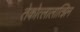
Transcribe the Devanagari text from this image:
तेकोत्लालात्झिन